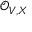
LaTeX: { \mathcal { O } } _ { V , X }